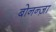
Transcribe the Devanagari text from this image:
बोनन्ज़ा